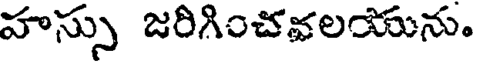
హస్సు జరిగించవలయును.